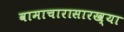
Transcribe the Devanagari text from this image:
वामाचारासारख्या